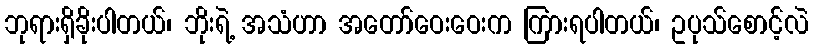
ဘုရားရှိခိုးပါတယ်၊ ဘိုးရဲ့ အသံဟာ အတော်ဝေးဝေးက ကြားရပါတယ်၊ ဥပုသ်စောင့်လဲ